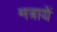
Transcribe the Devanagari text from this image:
मत्रायें